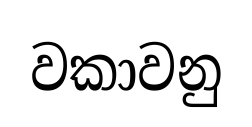
වකාවනු